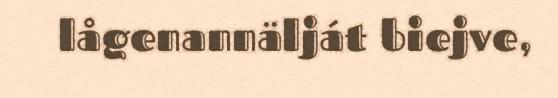
lågenannälját biejve,